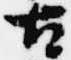
古